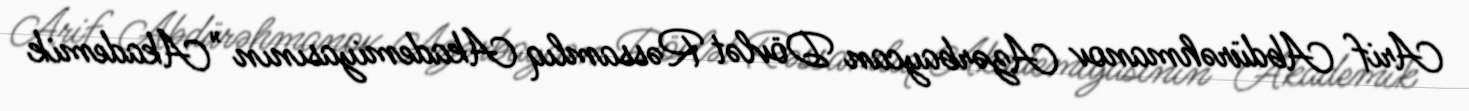
Arif Abdürəhmanov Azərbaycan Dövlət Rəssamlıq Akademiyasının "Akademik